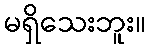
မရှိသေးဘူး။